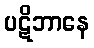
ပဋိဘာနေ